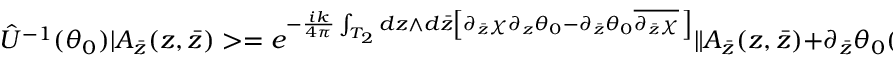
\hat { U } ^ { - 1 } ( \theta _ { 0 } ) | A _ { \bar { z } } ( z , \bar { z } ) > = e ^ { - \frac { i k } { 4 \pi } \int _ { T _ { 2 } } d z \wedge d \bar { z } \left[ \partial _ { \bar { z } } \chi \partial _ { z } \theta _ { 0 } - \partial _ { \bar { z } } \theta _ { 0 } \overline { { { \partial _ { \bar { z } } \chi } } } \, \right] } \| A _ { \bar { z } } ( z , \bar { z } ) + \partial _ { \bar { z } } \theta _ { 0 } ( z , \bar { z } ) > \ \ \ ,